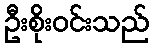
ဦးစိုးဝင်းသည်